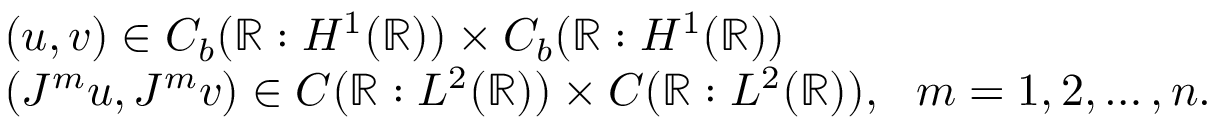
\begin{array} { r l } & { ( u , v ) \in C _ { b } ( \mathbb { R } : H ^ { 1 } ( \mathbb { R } ) ) \times C _ { b } ( \mathbb { R } : H ^ { 1 } ( \mathbb { R } ) ) } \\ & { ( J ^ { m } u , J ^ { m } v ) \in C ( \mathbb { R } : L ^ { 2 } ( \mathbb { R } ) ) \times C ( \mathbb { R } : L ^ { 2 } ( \mathbb { R } ) ) , \ \ m = 1 , 2 , \ldots , n . } \end{array}